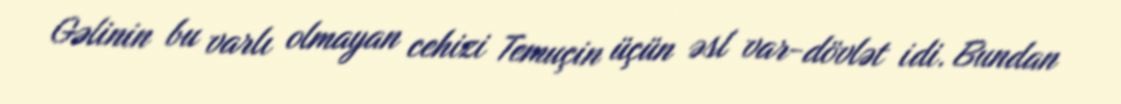
Gəlinin bu varlı olmayan cehizi Temuçin üçün əsl var-dövlət idi. Bundan